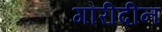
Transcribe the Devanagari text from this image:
गौरीदीन